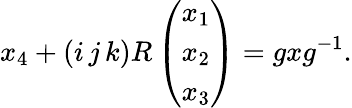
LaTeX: x_{4}+(i\, j\, k)R\left(\begin{array}{c}{{x_{1}}}\\ {{x_{2}}}\\ {{x_{3}}}\end{array}\right)=gxg^{-1}.